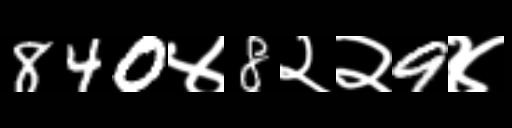
Text: 840४8२२9४